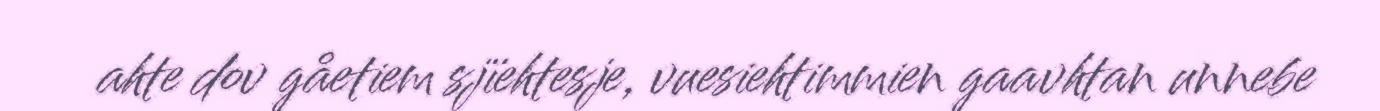
ahte dov gåetiem sjïehtesje, vuesiehtimmien gaavhtan unnebe